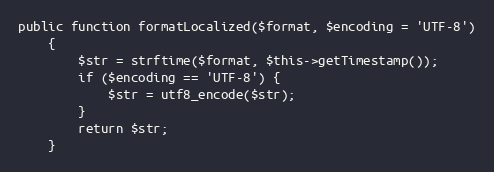
Language: PHP
public function formatLocalized($format, $encoding = 'UTF-8')
	{
		$str = strftime($format, $this->getTimestamp());
		if ($encoding == 'UTF-8') {
			$str = utf8_encode($str);
		}
		return $str;
	}